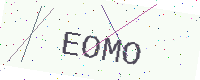
Text: EOMO